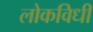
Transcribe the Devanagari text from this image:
लोकविधी